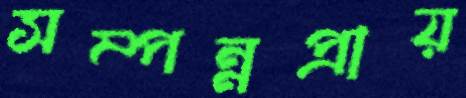
সম্পন্নপ্রায়